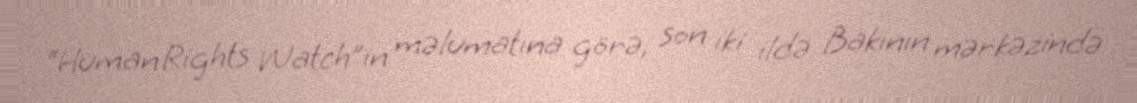
“Human Rights Watch”ın məlumatına görə, son iki ildə Bakının mərkəzində